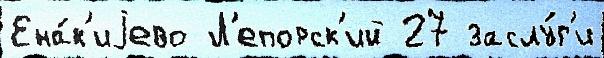
Ена́к'иjево Л'епорск'ий 27 заслу́г'и